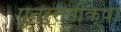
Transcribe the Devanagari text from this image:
पुनर्समीक्षा